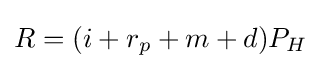
R=(i+r_{p}+m+d)P_{H}